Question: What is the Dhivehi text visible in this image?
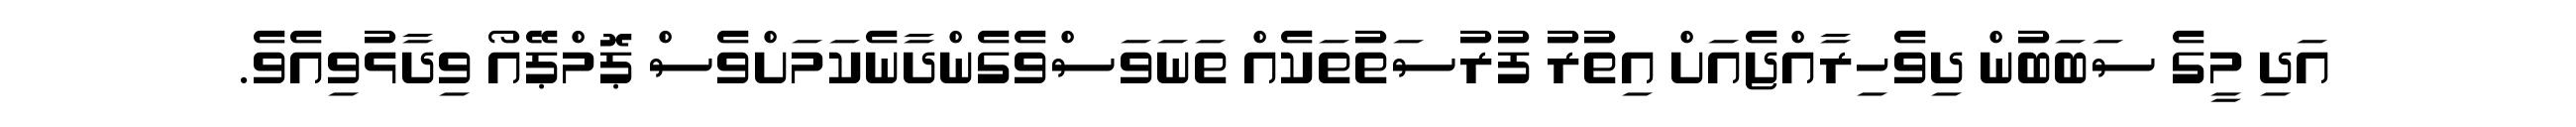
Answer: އަދި މީގެ ސަބަބުން ދިވެހިރާއްޖެއަށް އިތުރު ފުރުސަތުތަކެއް ތަނަވަސްވެގެންދާނެކަމަށްވެސް ޕޮމްޕޭއޯ ވިދާޅުވިއެވެ.